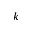
k